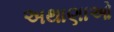
અથાણાઓ